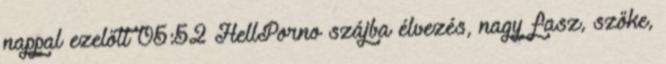
nappal ezelőtt 05:52 HellPorno szájba élvezés, nagy fasz, szőke,